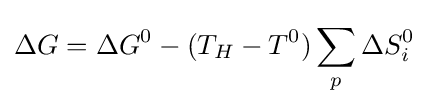
\Delta G=\Delta G^{0}-(T_{H}-T^{0})\sum _{p}^{}{\Delta S_{i}^{0}}